Jaan_Tonisson_(Lasteleht), lk 195
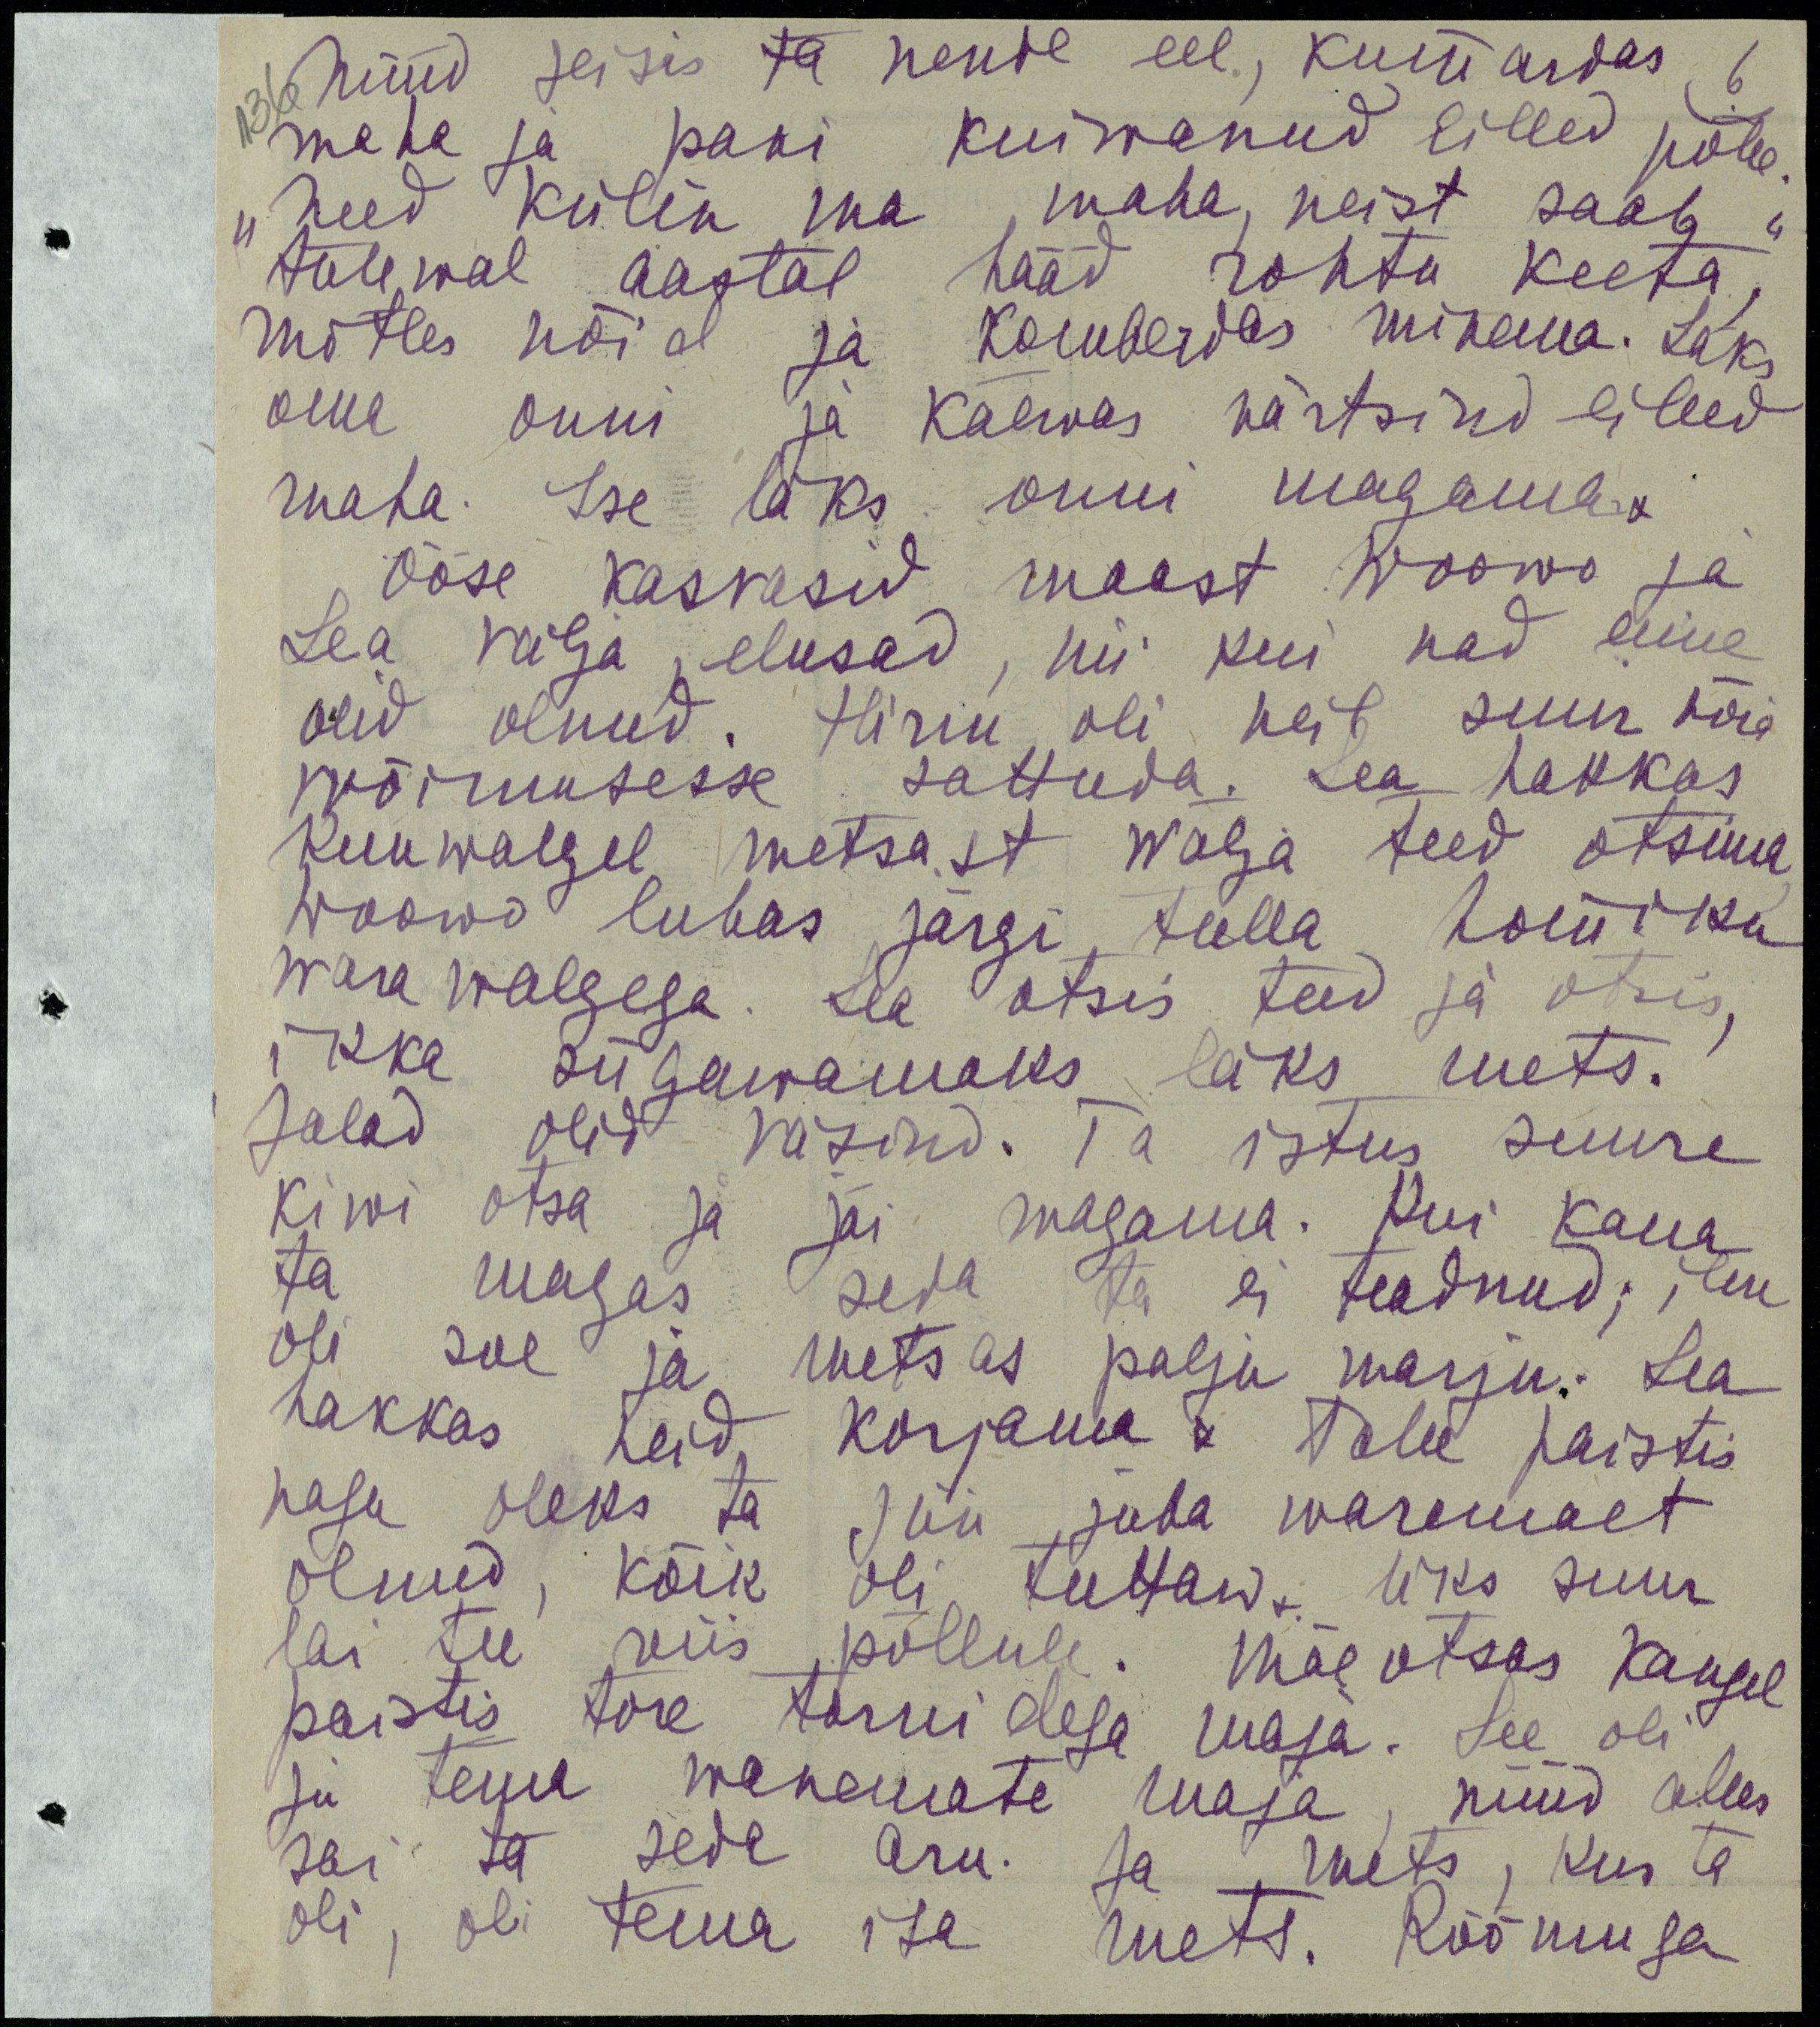
136 Nüüd seisis ta nende eel, kummardas 6
mehe ja pani kuivanud lilled põlle
"Need külin ma maha, neist saab "
tulewal aastal hääd rohtu keeta,
mõtles nõid ja komberdas minema. Läks
oma onni ja kaevas närtsind lilled
maha. Ise läks onni magama.
Ööse kasvasid maast Woowo ja
Lea välja elusad, nii kui nad enne
olid olnud. Hirm oli neid suur nõia
võimusesse sattuda. Lea hakkas
kuuvalgel metsast wälja teed otsima
Woowo lubas järgi tulla hommiku
warawalgega. Lea otsis teid ja otsis,
ikka sügavamaks läks mets.
Jalad olid väsind. Ta istus suure
kiwi otsa ja jäi magama. Kui kaua
ta magas seda ta ei teadnud, ilm
oli soe ja metsas palju marju. Lea
hakkas neid korjama v talle paistis
nagu oleks ta siin juba waremalt
olnud, kõik oli tuttav, üks suur
lai tee viis põllule. Mäeotsas kaugel
paistis tore tornidega maja. See oli
ju tema wanemate maja, nüüd alles
sai ta seda aru. Ja mets, kus ta 
oli, oli tema isa mets. Rõõmu ja